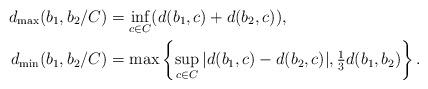
LaTeX: \begin{align*}d_{\max}(b_1,b_2/C) &= \inf_{c\in C}(d(b_1,c)+d(b_2,c)),\\d_{\min}(b_1,b_2/C) &= \max\left\{\sup_{c\in C}|d(b_1,c)-d(b_2,c)|,\textstyle\frac{1}{3}\displaystyle d(b_1,b_2)\right\}.\end{align*}